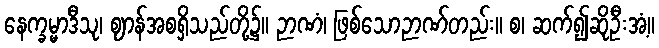
နေက္ခမ္မာဒီသု၊ ဈာန်အစရှိသည်တို့၌။ ဉာဏံ၊ ဖြစ်သောဉာဏ်တည်း။ စ၊ ဆက်၍ဆိုဦးအံ့။